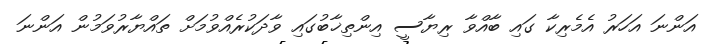
އަންނަ އަހަރު އެމެރިކާ ގައި ބާއްވާ ރިޔާސީ އިންތިޚާބުގައި ވާދަކުރެއްވުމަށް ތައްޔާރުވަމުން އަންނަ